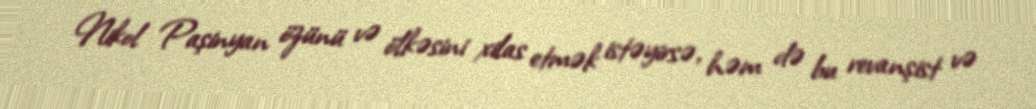
Nikol Paşinyan özünü və ölkəsini xilas etmək istəyirsə, həm də bu revanşist və